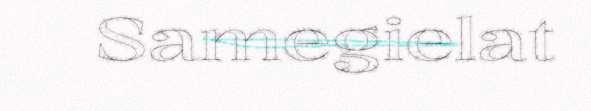
Samegielat